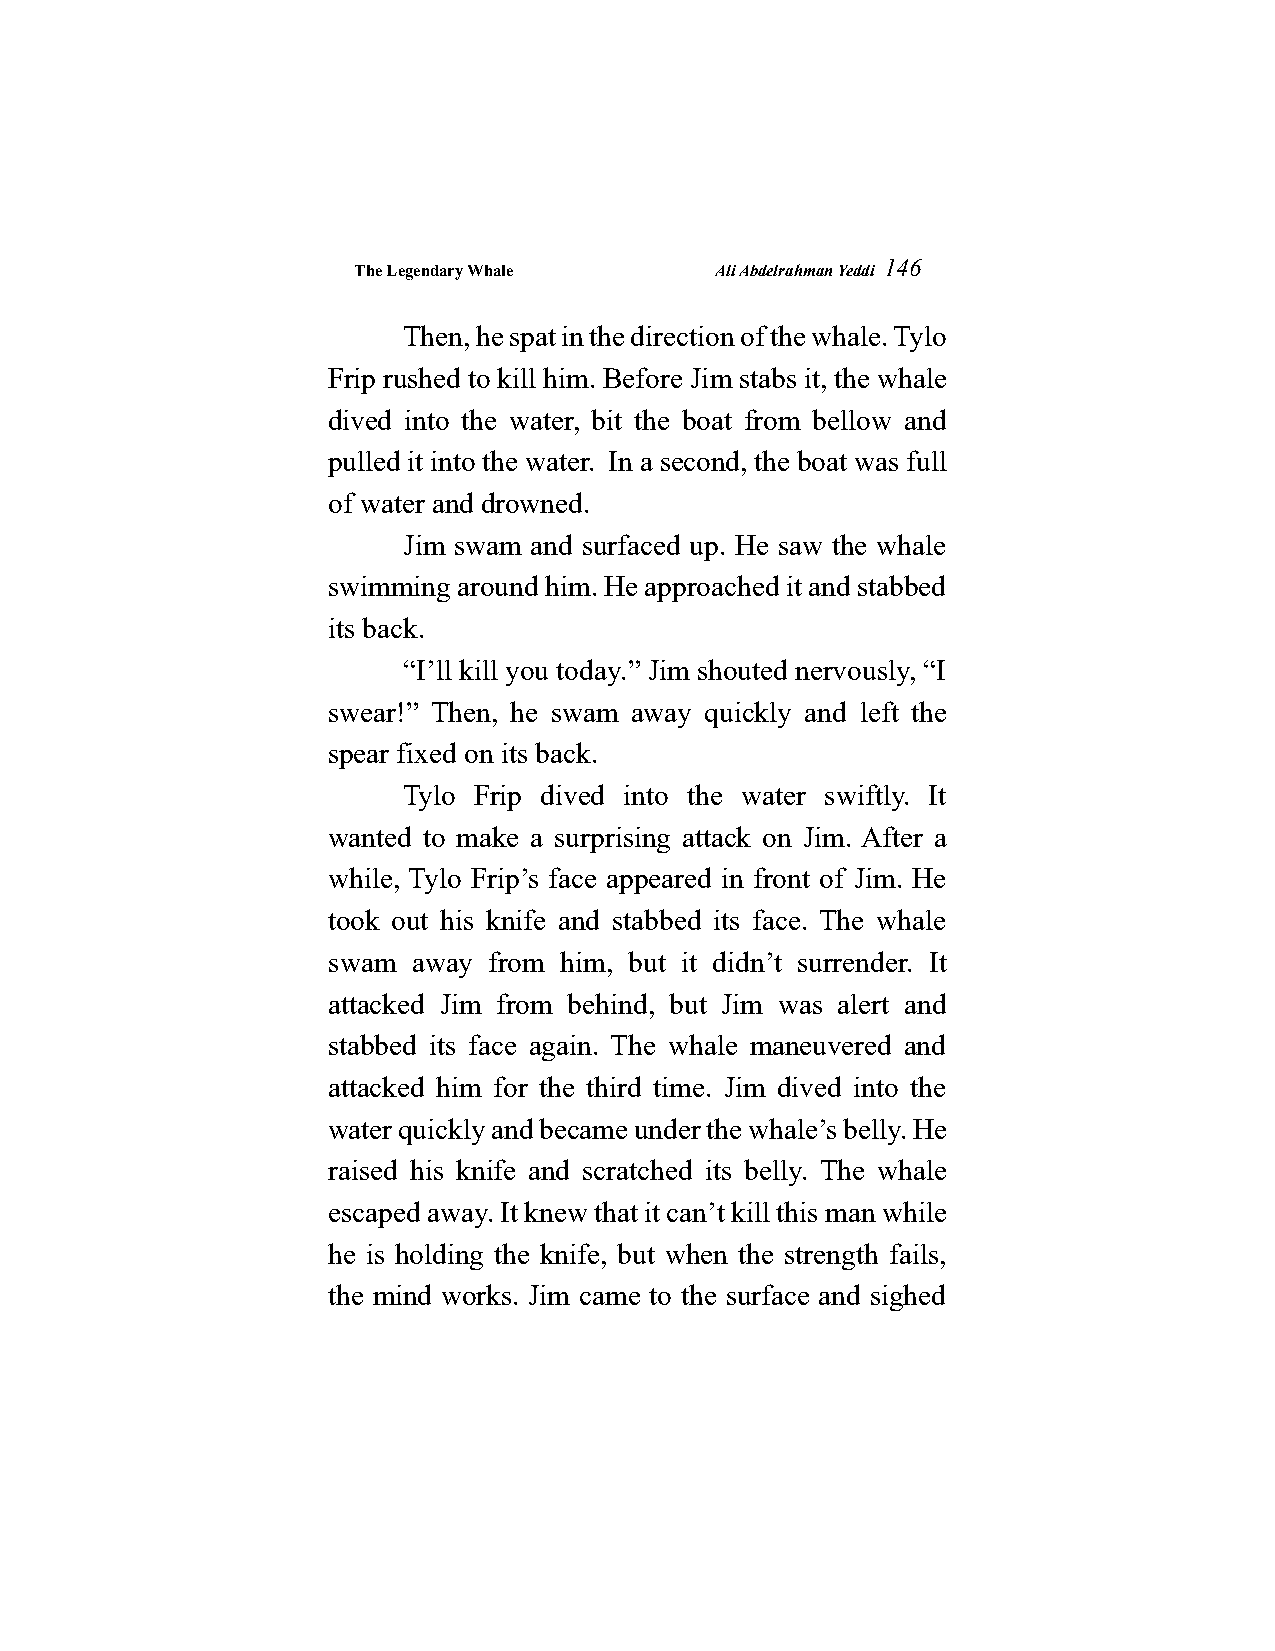
The Legendary Whale     Ali Abdelrahman Yeddi
 146
 Then, he spat in the direction of the whale. Tylo
 Frip rushed to kill him. Before Jim stabs it, the whale
 dived into the water, bit the boat from bellow and
 pulled it into the water. In a second, the boat was full
 of water and drowned.
 Jim swam and surfaced up. He saw the whale
 swimming around him. He approached it and stabbed
 its back.
 “I’ll kill you today.” Jim shouted nervously, “I
 swear!” Then, he swam away quickly and left the
 spear fixed on its back.
 Tylo Frip dived into the water swiftly. It
 wanted to make a surprising attack on Jim. After a
 while, Tylo Frip’s face appeared in front of Jim. He
 took out his knife and stabbed its face. The whale
 swam away from him, but it didn’t surrender. It
 attacked Jim from behind, but Jim was alert and
 stabbed its face again. The whale maneuvered and
 attacked him for the third time. Jim dived into the
 water quickly and became under the whale’s belly. He
 raised his knife and scratched its belly. The whale
 escaped away. It knew that it can’t kill this man while
 he is holding the knife, but when the strength fails,
 the mind works. Jim came to the surface and sighed